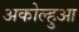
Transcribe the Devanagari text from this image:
अकोल्हुआ